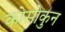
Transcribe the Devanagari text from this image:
कोसोकुन